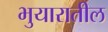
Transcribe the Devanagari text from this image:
भुयारातील